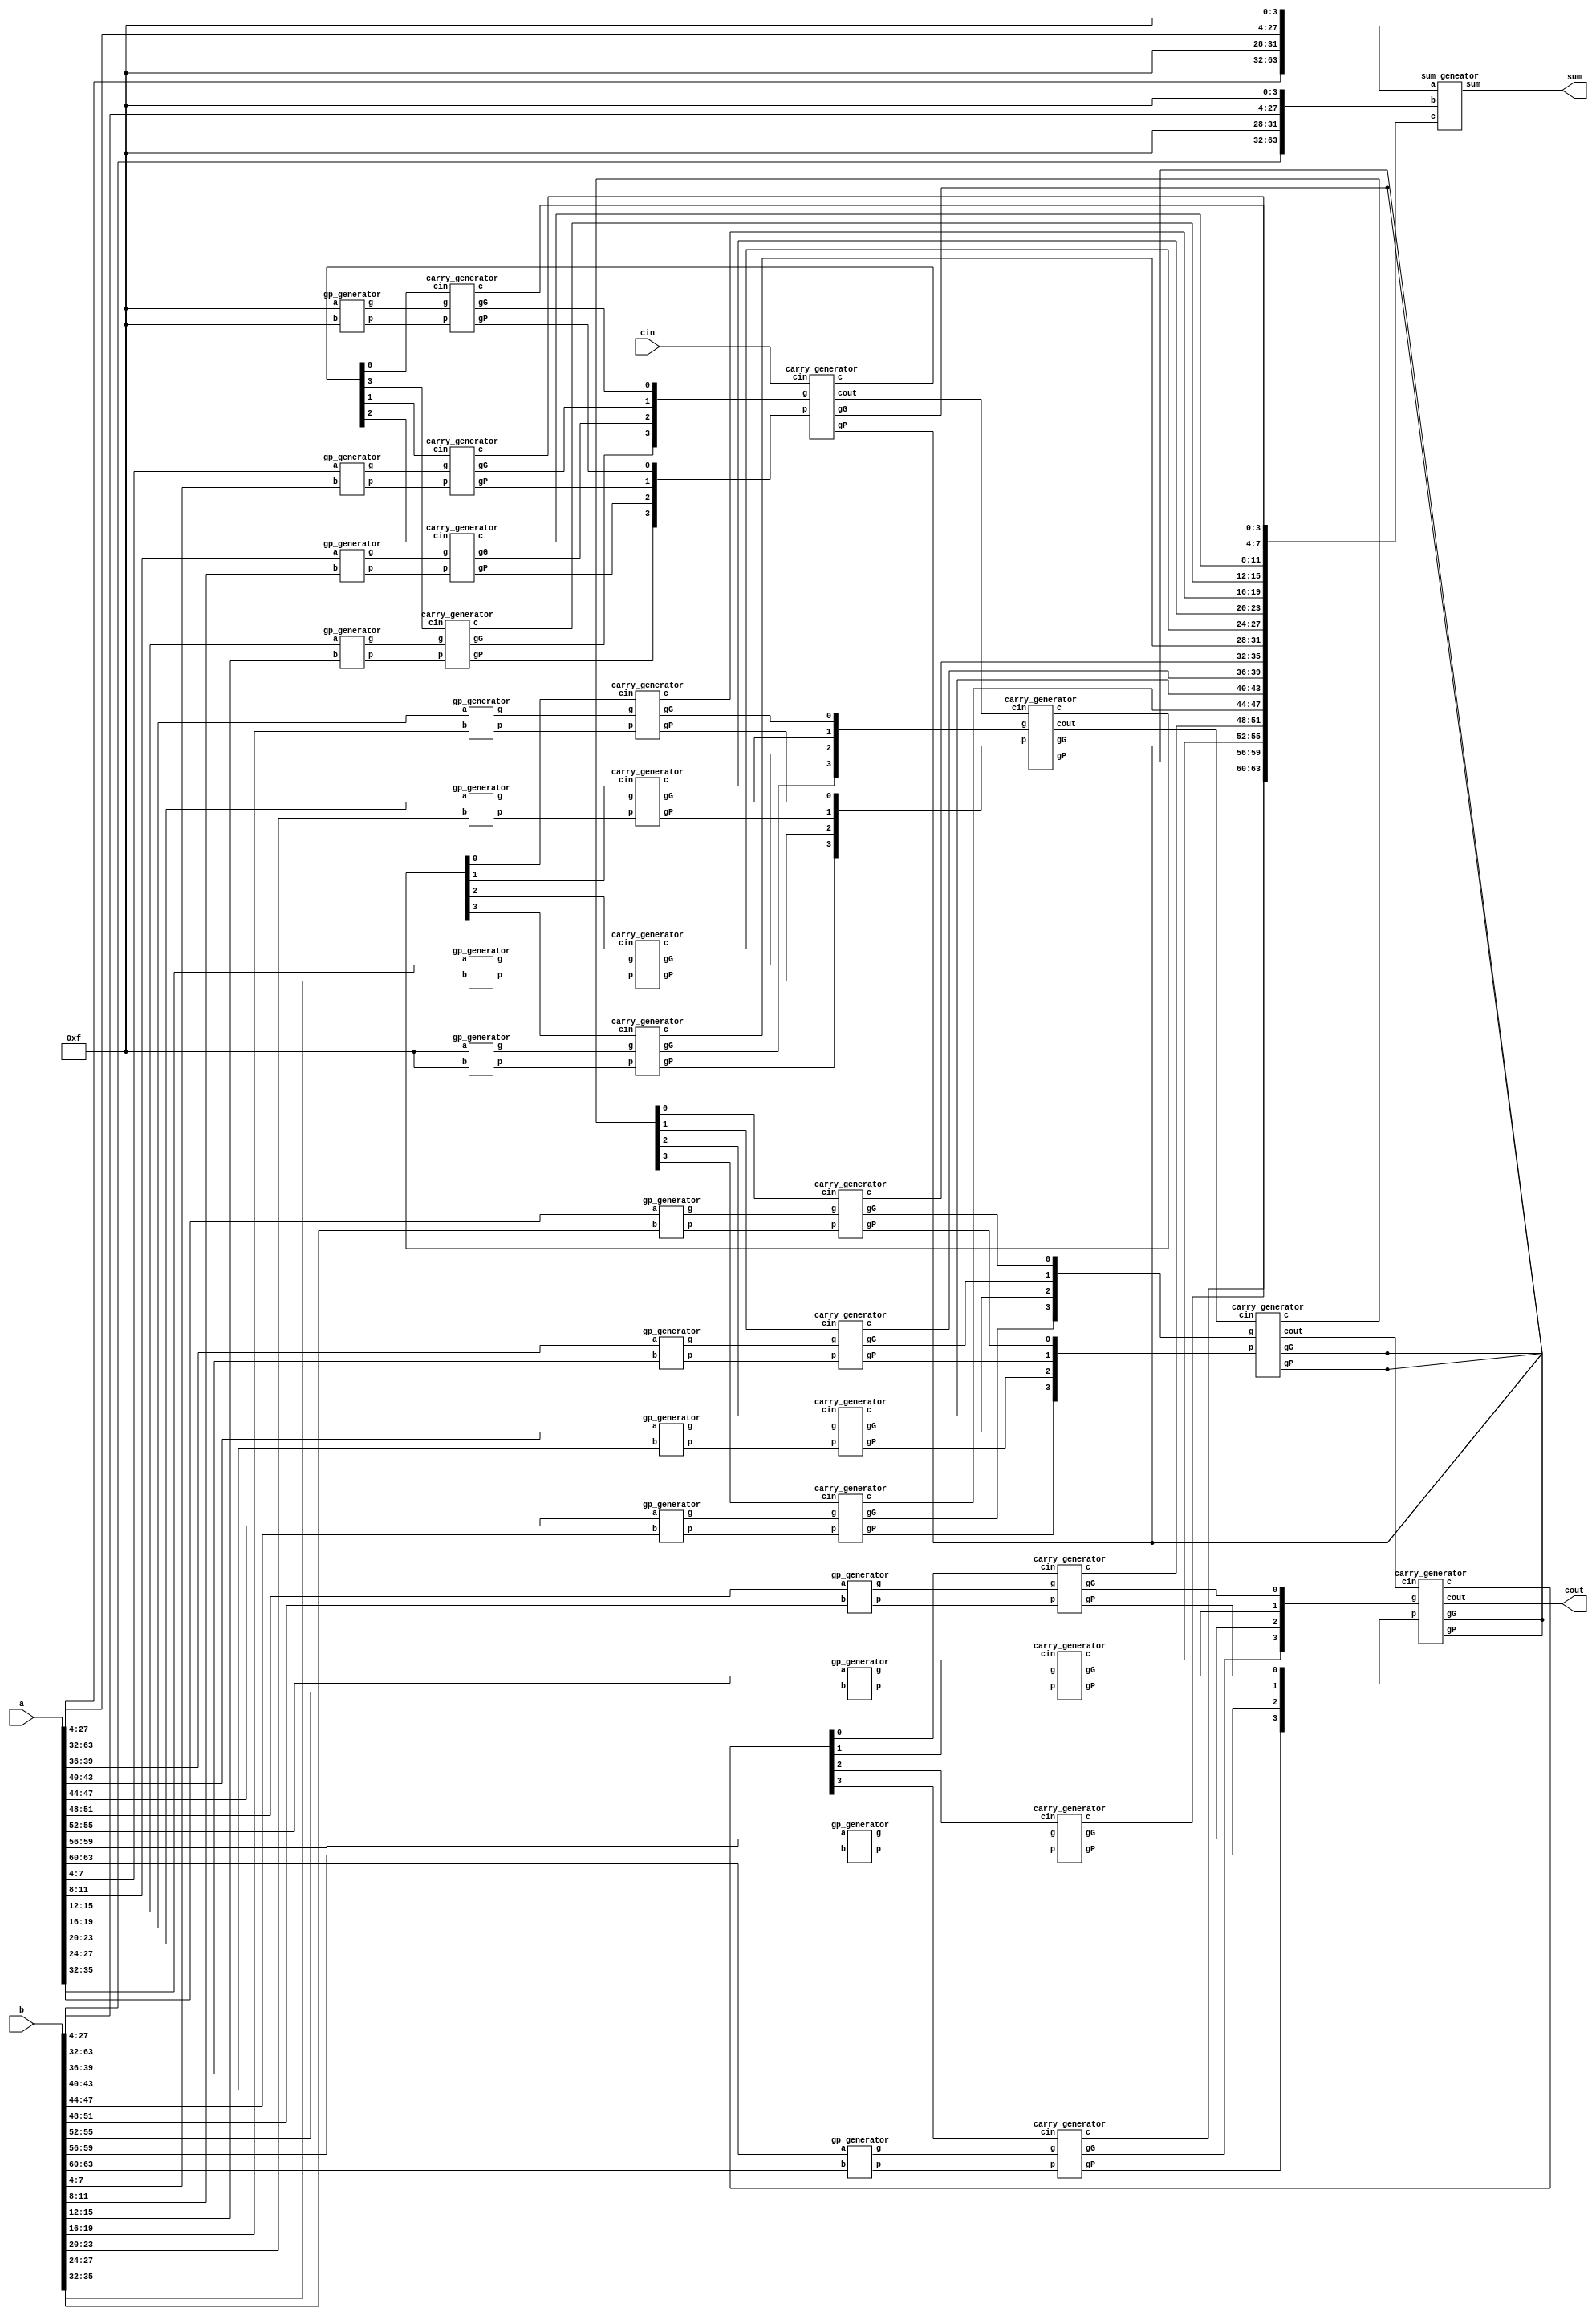
`timescale 1ns/1ps
module CLA_64bit(a,b,cin,sum,cout);
    input [63:0] a,b;
    input cin;
    output [63:0] sum;
    output cout;
    
    //---Write down your design here---//

	wire [63:0] g,p,c;
	wire [15:0]c4_c64,gG,gP;
	wire [2:0]c_temp;
	
	wire [3:0] one ;
	assign one = 4'b1111;
	//generate g & p
    gp_generator gp_geneator1(one  ,one  ,g[3:0]  ,p[3:0]); 
    gp_generator gp_geneator2(a[7:4]  ,b[7:4]  ,g[7:4]  ,p[7:4]);
	gp_generator gp_geneator3(a[11:8] ,b[11:8] ,g[11:8] ,p[11:8]);
	gp_generator gp_geneator4(a[15:12],b[15:12],g[15:12],p[15:12]);
	gp_generator gp_geneator5(a[19:16],b[19:16],g[19:16],p[19:16]);
	gp_generator gp_geneator6(a[23:20],b[23:20],g[23:20],p[23:20]);
	gp_generator gp_geneator7(a[27:24],b[27:24],g[27:24],p[27:24]);
	gp_generator gp_geneator8(one,one,g[31:28],p[31:28]);
	gp_generator gp_geneator9(a[35:32],b[35:32],g[35:32],p[35:32]);
	gp_generator gp_geneator10(a[39:36],b[39:36],g[39:36],p[39:36]);
	gp_generator gp_geneator11(a[43:40],b[43:40],g[43:40],p[43:40]);
	gp_generator gp_geneator12(a[47:44],b[47:44],g[47:44],p[47:44]);
	gp_generator gp_geneator13(a[51:48],b[51:48],g[51:48],p[51:48]);
	gp_generator gp_geneator14(a[55:52],b[55:52],g[55:52],p[55:52]);
	gp_generator gp_geneator15(a[59:56],b[59:56],g[59:56],p[59:56]);
	gp_generator gp_geneator16(a[63:60],b[63:60],g[63:60],p[63:60]);
	
	// has bug
    //generate c0,c4,c8,c12,
    carry_generator carry_geneator_c0(g[3:0]   ,p[3:0]   ,c4_c64[0]  ,c[3:0]   ,gG[0],gP[0],);
	carry_generator carry_geneator_c4(g[7:4]   ,p[7:4]   ,c4_c64[1]  ,c[7:4]   ,gG[1],gP[1],);
	carry_generator carry_geneator_c8(g[11:8]  ,p[11:8]  ,c4_c64[2]  ,c[11:8]  ,gG[2],gP[2],);
	carry_generator carry_geneator_c12(g[15:12],p[15:12] ,c4_c64[3]  ,c[15:12] ,gG[3],gP[3],);
    
	//c16,c20,c24,c28
	carry_generator carry_geneator_c16(g[19:16],p[19:16] ,c4_c64[4],c[19:16] ,gG[4],gP[4],);
	carry_generator carry_geneator_c20(g[23:20],p[23:20] ,c4_c64[5],c[23:20] ,gG[5],gP[5],);
	carry_generator carry_geneator_c24(g[27:24],p[27:24] ,c4_c64[6],c[27:24] ,gG[6],gP[6],);
	carry_generator carry_geneator_c28(g[31:28],p[31:28] ,c4_c64[7],c[31:28] ,gG[7],gP[7],);
	
	//c32,c36,c40,c44
	carry_generator carry_geneator_c32(g[35:32],p[35:32] ,c4_c64[8] ,c[35:32] ,gG[8],gP[8],);
	carry_generator carry_geneator_c36(g[39:36],p[39:36] ,c4_c64[9] ,c[39:36] ,gG[9],gP[9],);
	carry_generator carry_geneator_c40(g[43:40],p[43:40] ,c4_c64[10],c[43:40] ,gG[10],gP[10],);
	carry_generator carry_geneator_c44(g[47:44],p[47:44] ,c4_c64[11],c[47:44] ,gG[11],gP[11],);


	//c48,c52,c56,c60
	carry_generator carry_geneator_c48(g[51:48],p[51:48] ,c4_c64[12],c[51:48] ,gG[12],gP[12],);
	carry_generator carry_geneator_c52(g[55:52],p[55:52] ,c4_c64[13],c[55:52] ,gG[13],gP[13],);
	carry_generator carry_geneator_c56(g[59:56],p[59:56] ,c4_c64[14],c[59:56] ,gG[14],gP[14],);
	carry_generator carry_geneator_c60(g[63:60],p[63:60] ,c4_c64[15],c[63:60] ,gG[15],gP[15],);	
	
	
	//generate c16,c32,c48,c64
	carry_generator carry_geneator_merge_c16(gG[3:0]   ,gP[3:0]   ,cin  ,c4_c64[3:0]  ,,,c_temp[0]);
	carry_generator carry_geneator_merge_c32(gG[7:4]   ,gP[7:4]   ,c_temp[0],c4_c64[7:4]  ,,,c_temp[1]);
	carry_generator carry_geneator_merge_c48(gG[11:8]  ,gP[11:8]  ,c_temp[1],c4_c64[11:8] ,,,c_temp[2]);
	carry_generator carry_geneator_merge_c64(gG[15:12] ,gP[15:12] ,c_temp[2],c4_c64[15:12],,,cout);
	
	
    //generate sum
	//{ a[63:4], one };
	
	
    sum_geneator geneate_sum({ a[63:32], one,a[27:4],one },{ b[63:32], one,b[27:4],one },c[63:0],sum[63:0]);  
	
    //---------------------------------//

endmodule


module gp_generator(a,b,g,p);

    input [3:0] a,b;
    output [3:0] g,p;
    
    // g = a x b && p = a + b
    assign g = a & b;
    assign p = a | b;

endmodule





module carry_generator(g,p,cin,c,gG,gP,cout);

    input [3:0] g,p;
    input cin;
    output gG,gP;
    output [3:0] c;
    output cout;

    //create gG and gP
    assign gG = g[3] | (p[3] & g[2]) | (p[3] & p[2] & g[1]) | (p[3] & p[2] & p[1] & g[0]);
	assign gP = p[3] & p[2] & p[1] & p[0];
	
    assign c[0] = cin;
    //create carrys
    assign c[1] = g[0] | (p[0] & cin);
    assign c[2] = g[1] | (p[1] & g[0]) | (p[1] & p[0] & cin);
    assign c[3] = g[2] | (p[2] & g[1]) | (p[2] & p[1] & g[0]) | (p[2] & p[1] & p[0] & cin);

    //cout
    assign cout = g[3] | (p[3] & g[2]) | (p[3] & p[2] & g[1]) | (p[3] & p[2] & p[1] & g[0]) | (p[3] & p[2] & p[1] & p[0] & cin);

endmodule






module sum_geneator(a,b,c,sum);

    input [63:0] a,b;
    input [63:0] c;
    output [63:0] sum;

    //sum = a ^ b ^ c;
    assign sum = a ^ b ^ c;

endmodule